Report on sanitation, dispensaries, and jails in Rajputana for 1910, and on vaccination for the year 1910-1911 - 1910-1911
Year: 1910
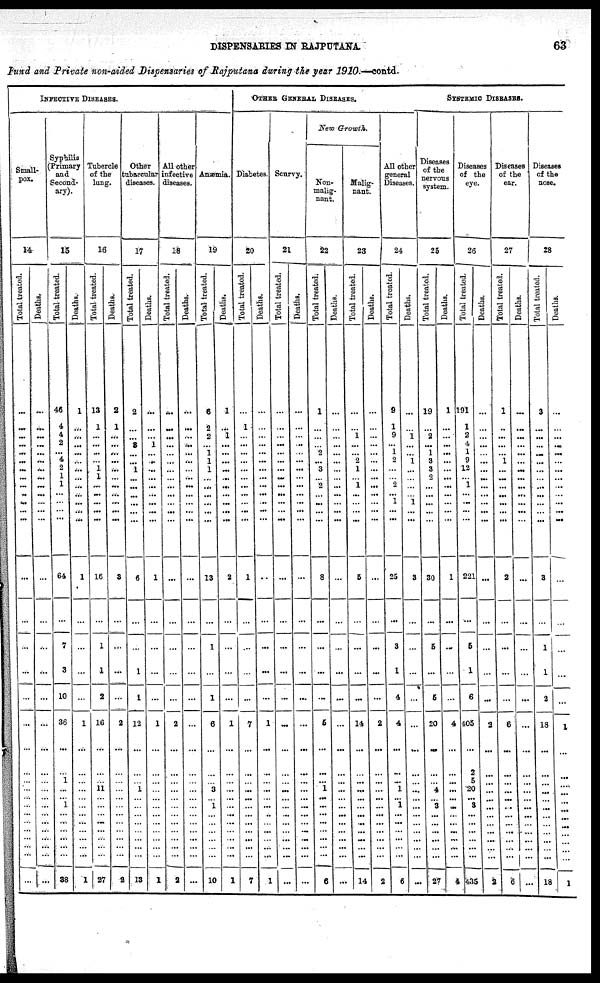
DISPENSARIES IN RAJPUTANA.
63
Fund and Private non-aided Dispensaries of Rajputana during the year 1920.—contd.
INFECTIVE DISEASES.
Small-
pox.
14
Total treated.
...
...
...
...
...
...
... ...
...
...
...
...
...
...
...
...
...
...
...
...
...
...
...
... ...
...
... ...
...
...
...
...
Deaths.
...
...
...
...
...
...
...
...
...
...
...
...
...
...
...
...
...
...
...
...
...
...
...
...
...
...
... ...
...
...
...
...
Syphilis
(Primary
and
Second-
ary).
15
Total treated.
46
4
4
2
...
4
2
1
1
...
...
...
...
64
...
7
3
10
36
...
...
1
...
... 1
...
... ...
...
...
...
38
Death.
1
...
...
...
...
...
...
...
...
...
...
...
...
1
...
...
...
...
1
...
...
...
...
...
...
...
... ...
...
...
...
1
Tubercle
of the
lung.
16
Total treated.
13
1
...
...
...
...
1
1
...
...
...
...
...
16
...
1
1
2
16
...
...
...
11
...
...
...
... ...
...
...
...
27
Deaths.
2
1
...
...
...
...
...
...
...
...
...
...
...
3
...
...
...
...
2
...
...
...
...
...
...
...
... ...
...
...
...
2
Other
tubarcular
diseases.
17
Total treated.
2
...
...
3
...
...
1
...
...
...
...
...
...
6
...
...
1
1
12
...
...
...
1
...
...
...
... ...
... ...
...
13
Deaths.
...
...
...
1
...
...
...
...
...
...
...
...
...
1
...
...
...
...
1
...
...
...
...
...
...
...
... ...
...
...
...
1
All other
infective
diseases.
18
Total treated.
...
...
...
...
...
...
...
...
...
...
...
...
...
...
...
...
...
...
2
...
...
...
...
... ...
...
...
...
... ...
...
2
Deaths.
...
...
...
...
...
...
...
...
...
...
...
...
...
...
...
...
...
...
...
...
...
...
...
...
...
...
... ...
...
...
...
...
Anæmia.
19
Total treated.
6
2
2
...
1
1
1
...
...
...
...
...
...
13
...
1
...
1
6
...
...
...
3
... 1
...
... ...
...
...
...
10
Deaths.
1
...
1
...
...
...
...
...
...
...
...
...
...
2
...
...
...
...
1
...
...
...
...
... ...
...
...
...
...
...
...
1
OTHER GENERAL DISEASES.
Diabetes.
20
Total treated.
...
1
...
...
...
...
...
...
...
...
...
...
...
1
...
...
...
...
7
...
...
...
...
...
...
...
... ...
...
...
...
7
Deaths.
...
...
...
...
...
...
...
...
...
...
...
...
...
...
...
...
...
...
1
...
...
...
...
... ...
...
... ...
... ...
...
1
Scurvy.
21
Total treated.
...
...
...
...
...
...
...
...
...
...
...
...
...
...
...
...
...
...
...
...
...
...
...
...
...
...
...
...
...
...
...
...
Deaths.
...
...
...
...
...
...
...
...
...
...
...
...
...
...
...
...
...
...
...
...
...
...
...
...
...
...
... ...
...
...
...
...
New Growth.
Non-
malig-
nant.
22
Total treated.
1
...
...
...
2
...
3
...
2
...
...
...
...
8
...
...
...
...
5
...
...
...
1
...
...
...
...
...
...
...
...
6
Deaths.
...
...
...
...
...
...
...
...
...
...
...
...
...
...
...
...
...
...
...
...
...
...
...
...
...
...
...
...
...
...
...
...
Malig-
nant.
23
Total treated.
...
...
1
...
...
2
1
...
1
...
...
...
...
5
...
...
...
...
14
...
...
...
...
...
...
...
...
...
...
...
...
14
Deaths.
...
...
...
...
...
...
...
...
...
...
...
...
...
...
...
...
...
...
2
...
...
...
...
...
...
...
...
...
...
...
...
2
All other
general
Diseases.
24
Total treated.
9
1
9
...
1
2
...
...
2
...
1
...
...
25
...
3
1
4
4
...
...
...
1
...
1
...
...
...
...
...
...
6
Deaths.
...
...
1
...
...
1
...
...
...
...
1
...
...
3
...
...
...
...
...
...
...
...
...
...
...
...
...
...
...
...
...
...
SYSTEMIC DISEASES.
Diseases
of the
nervous
system.
25
Total treated.
19
...
2
...
1
3
3
2
...
...
...
...
...
30
...
5
...
5
20
...
...
...
4
...
3
...
...
...
...
...
...
27
Deaths.
1
...
...
...
...
...
...
...
...
...
...
...
...
1
...
...
...
...
4
...
...
...
...
... ...
...
...
...
...
...
...
4
Diseases
of the
eye.
26
Total treated.
191
1
2
4
1
9
12
...
1
...
...
...
...
221
...
5
1
6
405
...
2
5
20
...
3
...
...
...
...
...
...
435
Deaths.
...
...
...
...
...
...
...
...
...
...
...
...
...
...
...
...
...
...
2
...
...
...
...
...
...
...
... ...
...
...
...
2
Diseases
of the
ear.
27
Total treated.
1
...
...
...
...
1
...
...
...
...
...
...
...
2
...
...
...
...
6
...
...
...
...
...
...
...
...
...
...
...
...
6
Deaths.
...
...
...
...
...
...
...
...
...
...
...
...
...
...
...
...
...
...
...
...
...
...
...
...
...
...
...
...
...
...
...
...
Diseases
of the
nose.
28
Total treated.
3
...
...
...
...
...
...
...
...
...
...
...
...
3
...
1
1
2
18
...
...
...
...
...
...
...
... ...
...
...
...
18
Deaths.
...
...
...
...
...
...
...
...
...
...
...
...
...
...
...
...
...
...
1
...
...
...
...
...
...
...
... ...
...
...
...
1